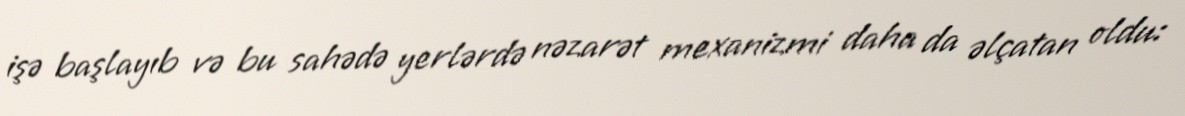
işə başlayıb və bu sahədə yerlərdə nəzarət mexanizmi daha da əlçatan oldu: